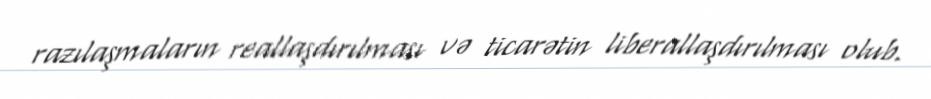
razılaşmaların reallaşdırılması və ticarətin liberallaşdırılması olub.